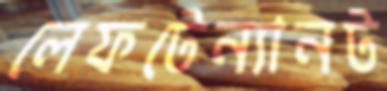
লেফটেন্যানট